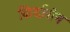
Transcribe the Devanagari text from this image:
किर्दारोन